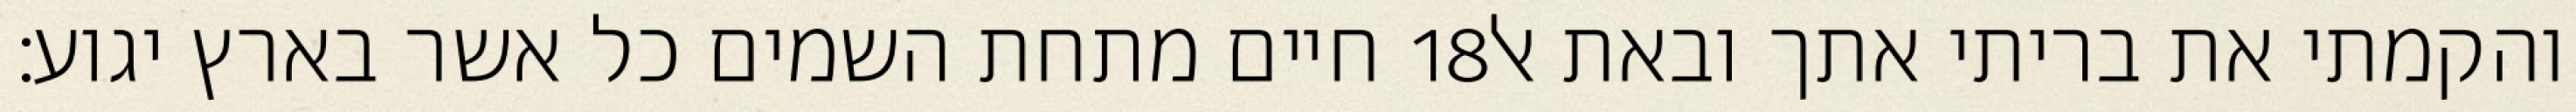
חיים מתחת השמים כל אשר בארץ יגוע׃ ‎18‏ והקמתי את בריתי אתך ובאת אל